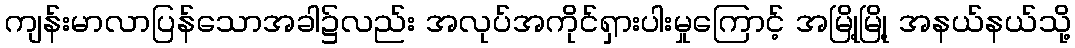
ကျန်းမာလာပြန်သောအခါ၌လည်း အလုပ်အကိုင်ရှားပါးမှုကြောင့် အမြို့မြို့ အနယ်နယ်သို့